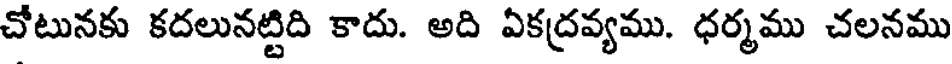
చోటునకు కదలునట్టిది కాదు. అది ఏకద్రవ్యము. ధర్మము చలనము